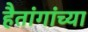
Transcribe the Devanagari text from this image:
हैतांगांच्या